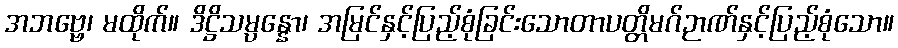
အဘဗ္ဗေ၊ မထိုက်။ ဒိဋ္ဌိသမ္ပန္နော၊ အမြင်နှင့်ပြည့်စုံခြင်းသောတာပတ္တိမဂ်ဉာဏ်နှင့်ပြည့်စုံသော။